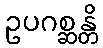
ဥပဂစ္ဆန္တိ